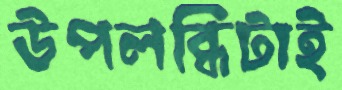
উপলব্ধিটাই